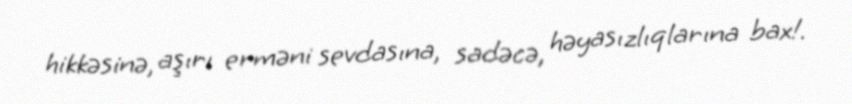
hikkəsinə, aşırı erməni sevdasına, sadəcə, həyasızlıqlarına bax!.